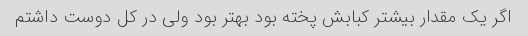
اگر یک مقدار بیشتر کبابش پخته بود بهتر بود ولی در کل دوست داشتم